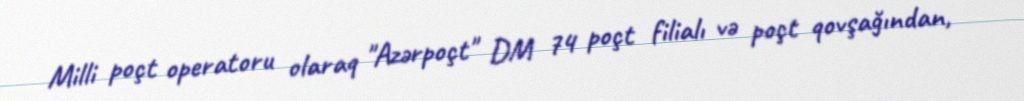
Milli poçt operatoru olaraq "Azərpoçt" DM 74 poçt filialı və poçt qovşağından,